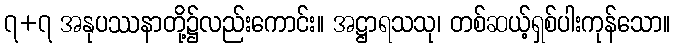
၇+၇ အနုပဿနာတို့၌လည်းကောင်း။ အဋ္ဌာရသသု၊ တစ်ဆယ့်ရှစ်ပါးကုန်သော။